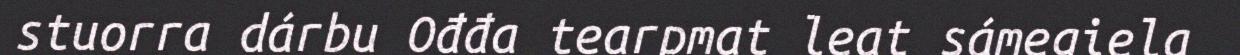
stuorra dárbu Ođđa tearpmat leat sámegiela